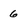
Character: 6